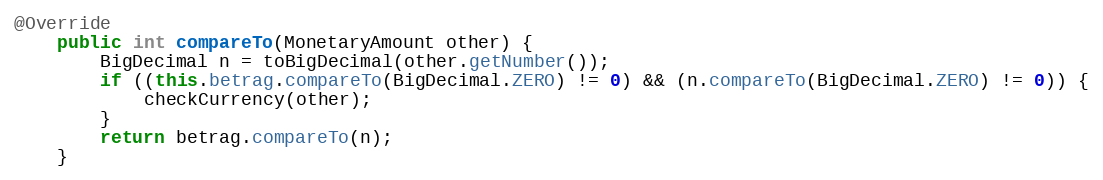
Language: Java
@Override
    public int compareTo(MonetaryAmount other) {
        BigDecimal n = toBigDecimal(other.getNumber());
        if ((this.betrag.compareTo(BigDecimal.ZERO) != 0) && (n.compareTo(BigDecimal.ZERO) != 0)) {
            checkCurrency(other);
        }
        return betrag.compareTo(n);
    }